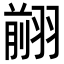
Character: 𦑦